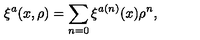
\xi ^ { a } ( x , \rho ) = \sum _ { n = 0 } \xi ^ { a ( n ) } ( x ) \rho ^ { n } ,